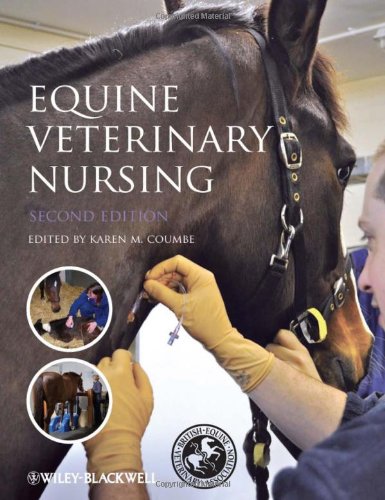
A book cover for Equine Veterinary Nursing; Medical Books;